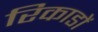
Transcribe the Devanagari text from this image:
रिकाडों